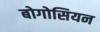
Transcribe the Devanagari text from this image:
बोगोसियन